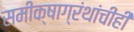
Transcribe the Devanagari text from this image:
समीक्षाग्रंथांचीही